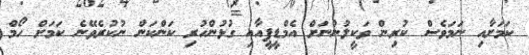
ކަމަށާއި ނަމަވެސް ކުރިން ވަކީލުންނަށް އެމްޑީޕީއާއި ގުޅުންހުރި ކަންކަން ނުކުރެވޭނެ ކަމަށް ހޯމް